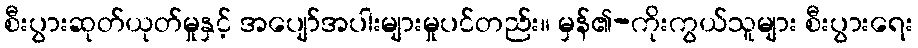
စီးပွားဆုတ်ယုတ်မှုနှင့် အပျော်အပါးများမှုပင်တည်း။ မှန်၏-ကိုးကွယ်သူများ စီးပွားရေး